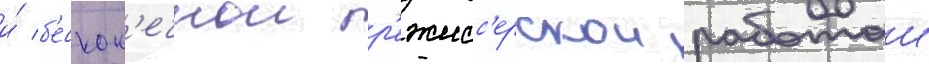
и́ б'ескон'ечнои р'ежисс'ерскои работои